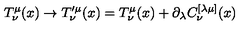
T _ { \nu } ^ { \mu } ( x ) \to T _ { \nu } ^ { \prime \mu } ( x ) = T _ { \nu } ^ { \mu } ( x ) + \partial _ { \lambda } C _ { \nu } ^ { [ \lambda \mu ] } ( x )